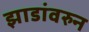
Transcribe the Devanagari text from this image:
झाडांवरुन